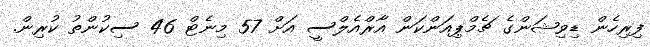
ފިރިހެން ޑިވިޝަންގެ ޗެމްޕިއަންކަން އާރްއެލްސީ އަށް 57 މިނެޓް 46 ސިކުންތު ކުރިން.